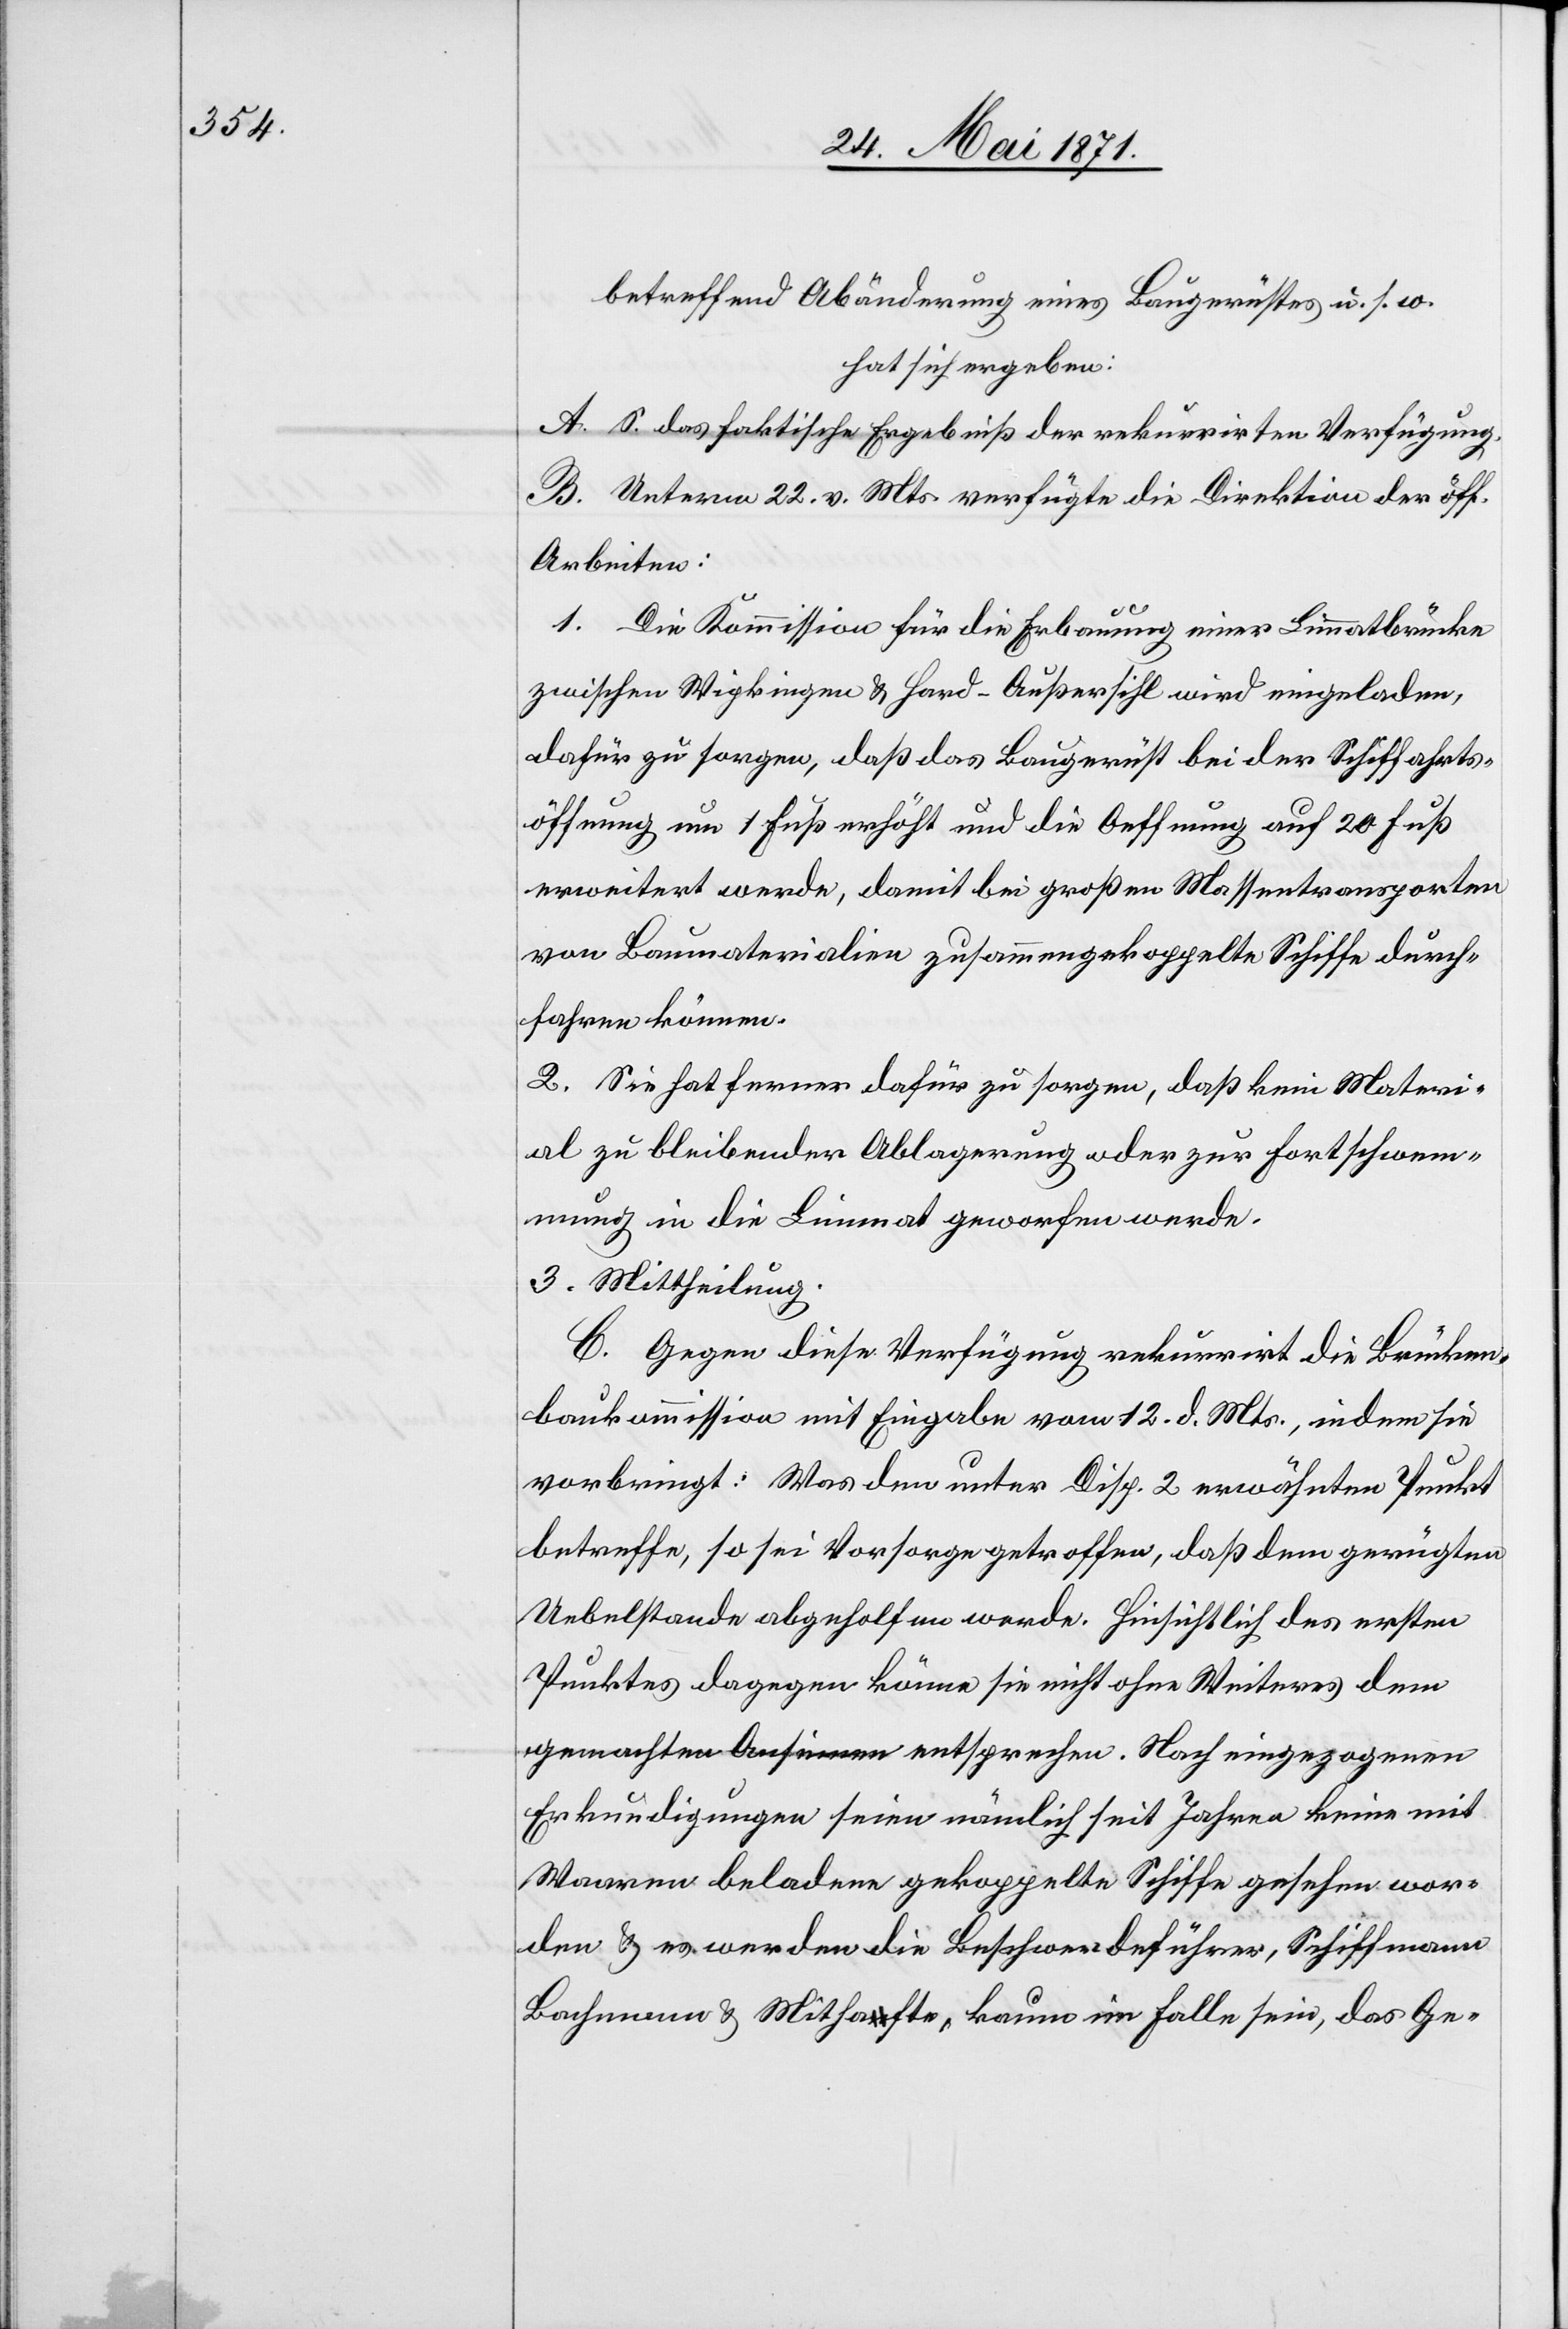
betreffend Abänderung eines Baugerüstes u. s. w.
hat sich ergeben:
A. S. das faktische Ergebniß der rekurrirten Verfügung.
B. Unterm 22. v. Mts. verfügt die Direktion der öff.
Arbeiten:
1. Die Kommission für die Erbauung einer Limmatbrücke
zwischen Wipkingen u. Hard-Außersihl wird eingeladen,
dafür zu sorgen, daß das Baugerüst bei der Schiffahrts¬
öffnung um 1 Fuß erhöht und die Oeffnung auf 20 Fuß
erweitert werde, damit bei großen Wassertransporten
von Baumaterialien zusammengekoppelte Schiffe durch¬
fahren können.
2. Sie hat ferner dafür zu sorgen, daß kein Materi¬
al zu bleibender Ablagerung oder zur Fortschwem¬
mung in die Limmat geworfen werde.
3. Mittheilung.
C. Gegen diese Verfügung rekurrirt die Brücken¬
baukommission mit Eingabe vom 12. d. Mts., indem sie
vorbringt: Was den unter Disp. 2 erwähnten Punkt
betreffe, so sei Vorsorge getroffen, daß dem gerügten
Uebelstande abgeholfen werde. Hinsichtlich des ersten
Punktes dagegen könne sie nicht ohne Weiteres dem
gemachten Ansinnen entsprechen. Nach eingezogenen
Erkundigungen seien nämlich seit Jahren keine mit
Waaren beladene gekoppelte Schiffe gesehen wor¬
den u. es werden die Beschwerdeführer, Schiffmann
Bachmann u. Mithafte, kaum im Falle sein, das Ge-